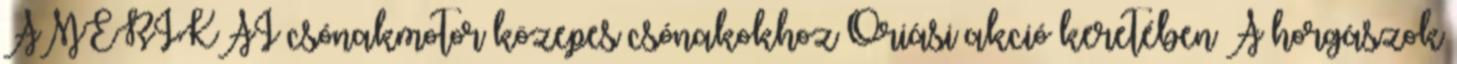
AMERIKAI csónakmotor közepes csónakokhoz Óriási akció keretében A horgászok